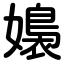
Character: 嬝